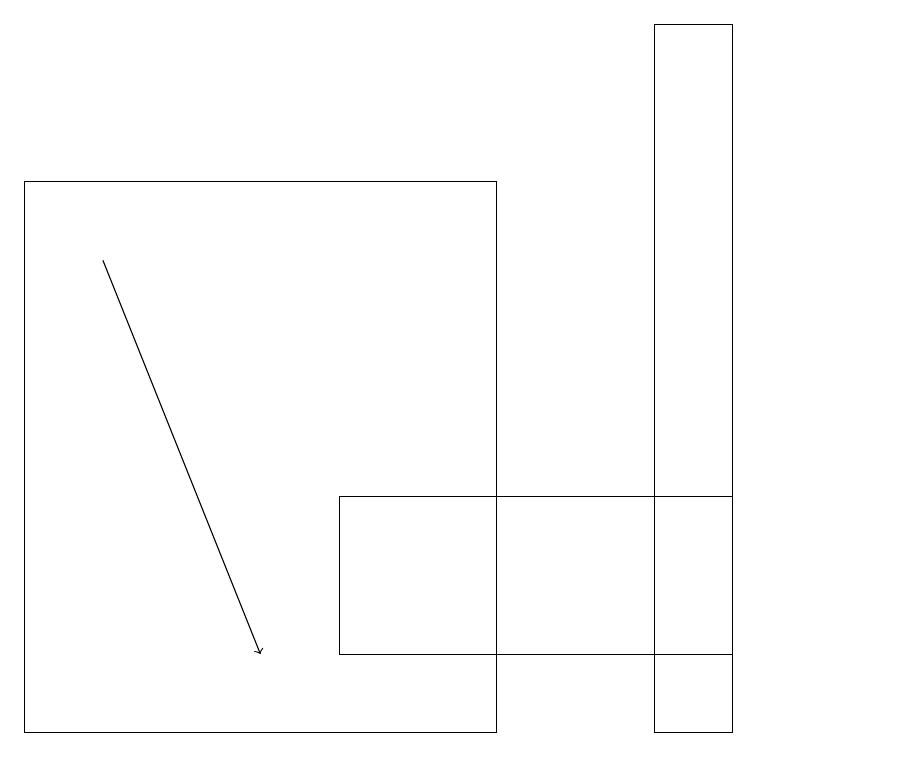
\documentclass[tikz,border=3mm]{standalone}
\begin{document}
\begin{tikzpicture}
\draw (9,10) rectangle (8,19);
\draw (6,10) rectangle (0,17);
\draw (4,11) rectangle (9,13);
\draw[->] (1,16) -- (3,11);
\draw (11,12) circle (0);
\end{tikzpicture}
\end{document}